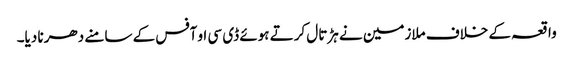
واقعہ کے خلاف ملازمین نے ہڑتال کرتے ہوئے ڈی سی او آفس کے سامنے دھرنا دیا۔